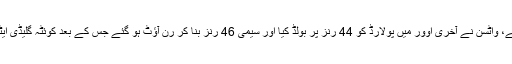
آخری اوور میں پشاور زلمی کو جیت کے لیے 21 رنز درکار تھے، واٹسن نے آخری اوور میں پولارڈ کو 44 رنز پر بولڈ کیا اور سیمی 46 رنز بنا کر رن آؤٹ ہو گئے جس کے بعد کوئٹہ گلیڈی ایٹرز نے پشاور زلمی کو 10 رنز سے ہرا کر فائنل میں جگہ بنا لی۔